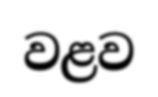
වළව